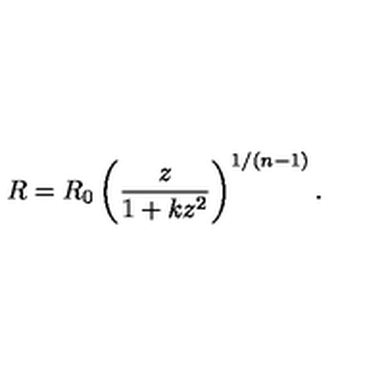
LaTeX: R = R _ { 0 } \left( \frac z { 1 + k z ^ { 2 } } \right) ^ { 1 / ( n - 1 ) } .